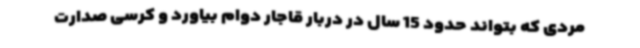
مردی که بتواند حدود 15 سال در دربار قاجار دوام بیاورد و کرسی صدارت